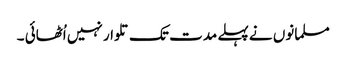
مسلمانوں نے پہلے مدت تک تلوار نہیں اُٹھائی ۔